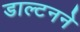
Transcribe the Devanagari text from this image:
डाल्टनने